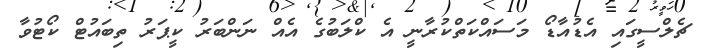
ޗެލްސީގައި އެޑުއާޑޯ މަސައްކަތްކުރާނީ އެ ކްލަބުގެ އެއް ނަންބަރު ކީޕަރު ތިބައުޓް ކޯޓުވާ